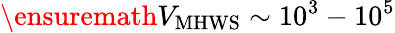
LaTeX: \ensuremath{V_{\mathrm{MHWS}}}\sim 10^{3}-10^{5}